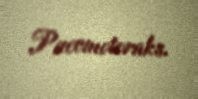
Pnevmotoraks.